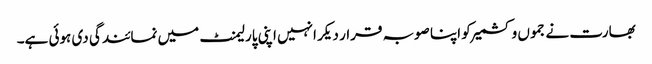
بھارت نے جموں و کشمیر کو اپنا صوبہ قرار دیکر انہیں اپنی پارلیمنٹ میں نمائندگی دی ہوئی ہے۔